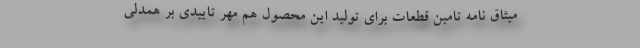
میثاق نامه تامین قطعات برای تولید این محصول هم مهر تاییدی بر همدلی